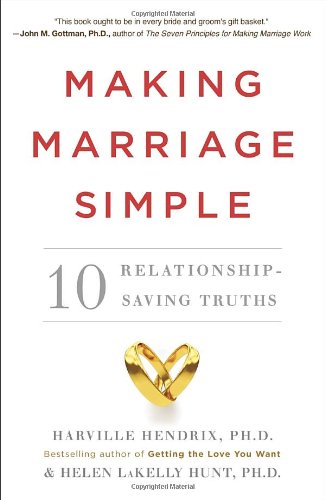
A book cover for Making Marriage Simple: Ten Relationship-Saving Truths; Harville Hendrix; Parenting & Relationships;